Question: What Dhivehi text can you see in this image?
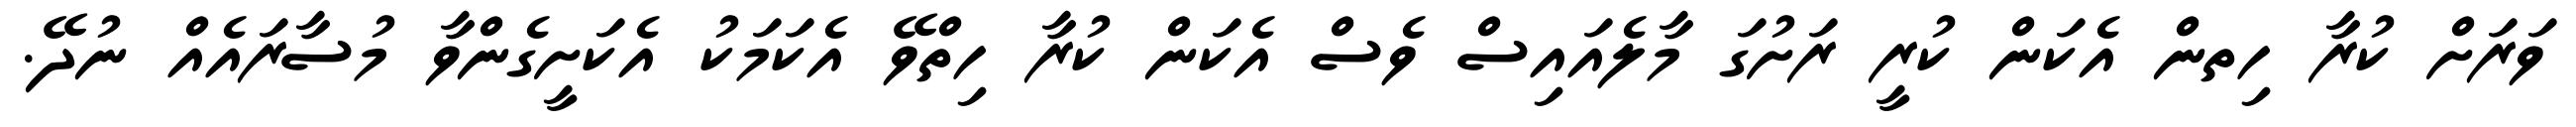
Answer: ވަރަށް ކުރާ ހިތން އެކަން ކުރީ ރަށުގަ މާލެއައިސް ވެސް އެކަން ކުރާ ހިތްވޭ އެކަމަކު އެކަށީގެންވާ މުސާރައެއް ނުދޭ.